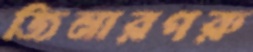
জিনারপরু